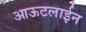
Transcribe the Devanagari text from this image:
आऊटलाईन